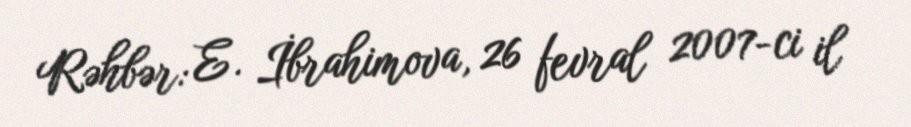
Rəhbər: E. İbrahimova, 26 fevral 2007-ci il